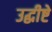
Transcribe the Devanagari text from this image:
उद्धीष्टे